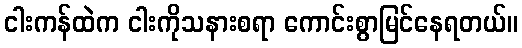
ငါးကန်ထဲက ငါးကိုသနားစရာ ကောင်းစွာမြင်နေရတယ်။